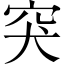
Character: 突